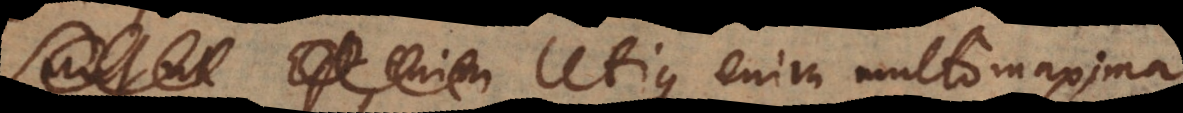
Utique enim multo maxima